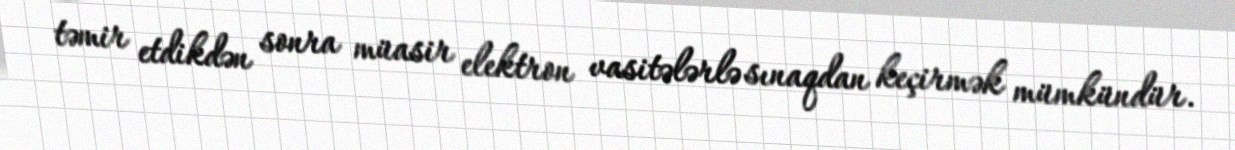
təmir etdikdən sonra müasir elektron vasitələrlə sınaqdan keçirmək mümkündür.